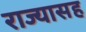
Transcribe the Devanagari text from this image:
राज्यासह